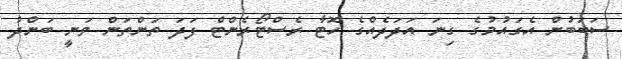
ސަބަބުން އެގައުމުގެ ގިނަ އަދަދެއްގެ ހޮޓާ ރެސްޓޯރެންޓް ފަދަ ތަންތަން ވަނީ ބަންދު